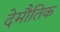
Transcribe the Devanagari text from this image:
देमौतिक